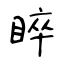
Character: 睟